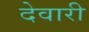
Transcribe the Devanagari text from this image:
देवारी